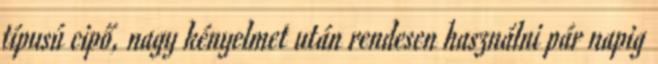
típusú cipő, nagy kényelmet után rendesen használni pár napig